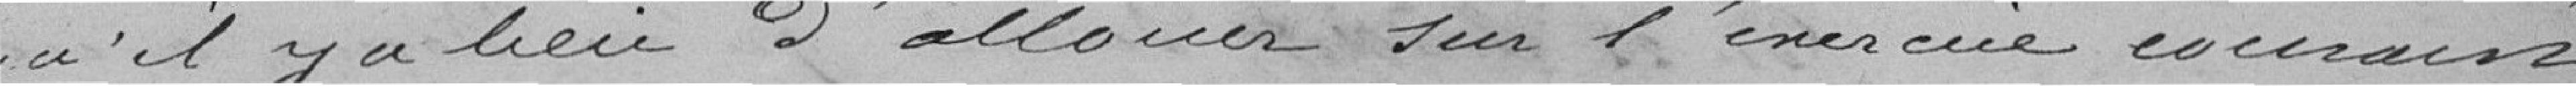
qu'il y a lieu d'allouer sur l'exercice courant